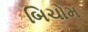
બિચોમ